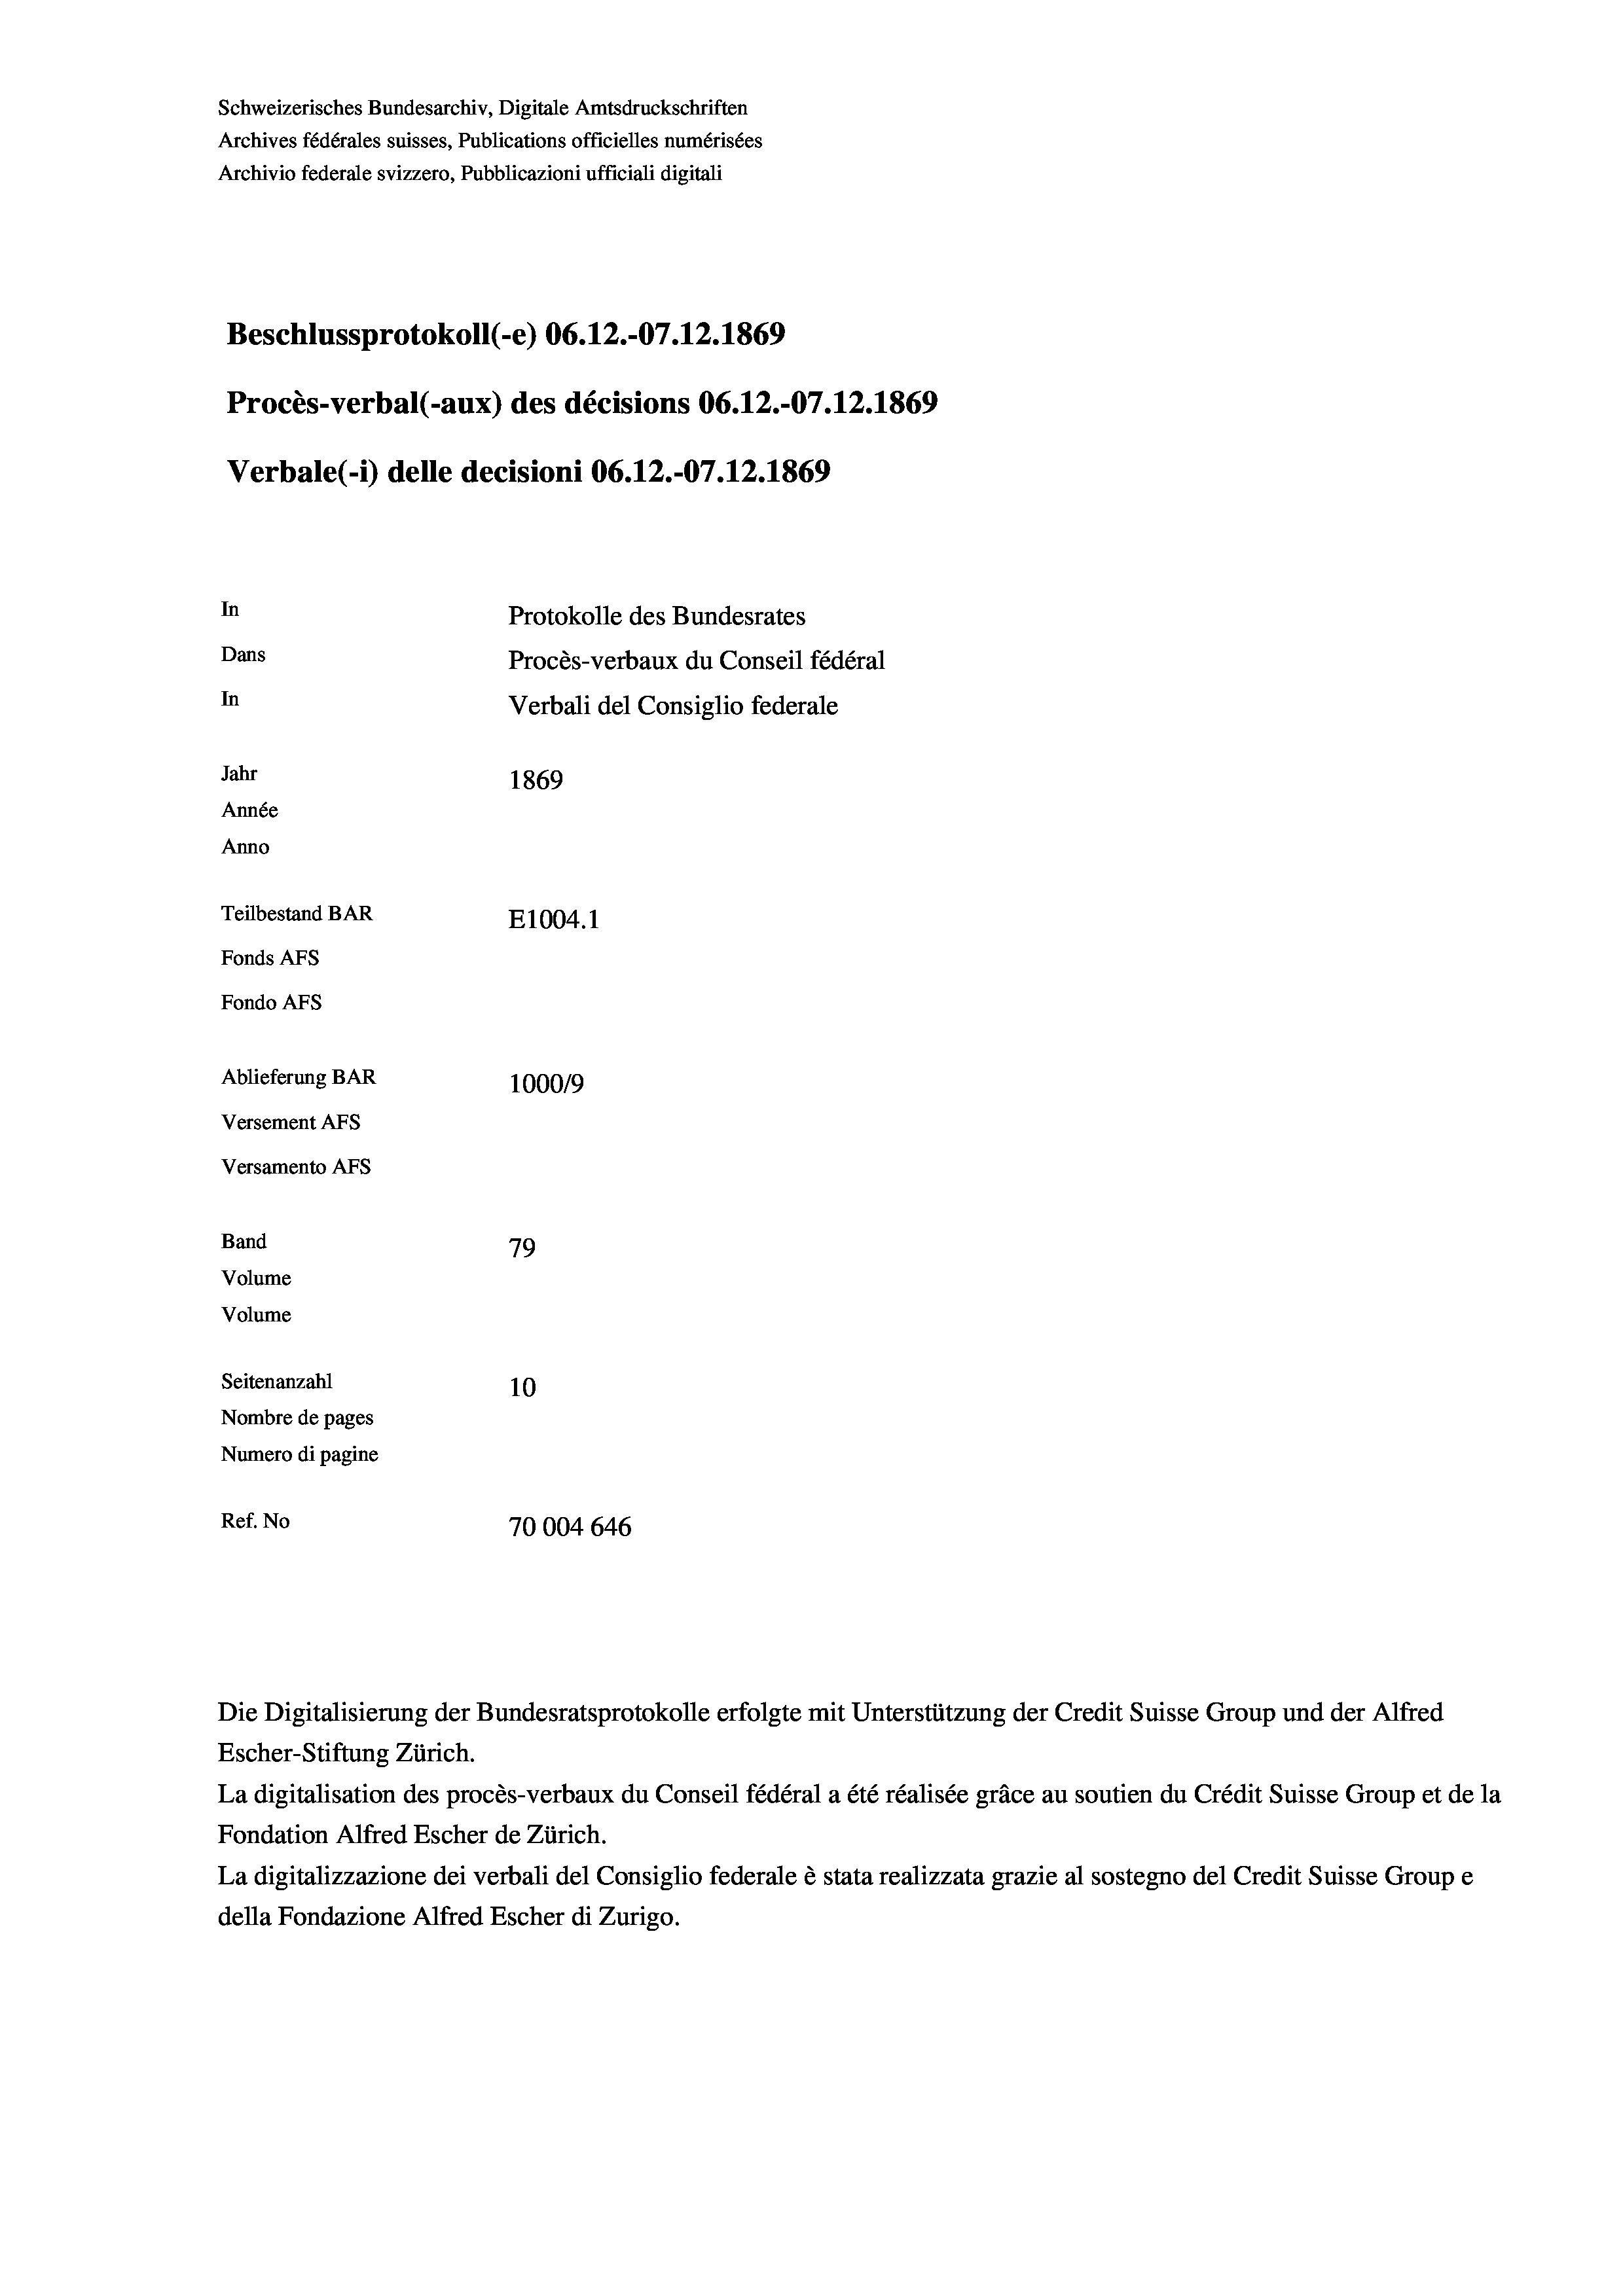
Schweizerisches Bundesarchiv, Digitale Amtsdruckschriften
Archives fédérales suisses, Publications officielles numérisées
Archivio federale svizzero, Pubblicazioni ufficiali digitali
Beschlussprotokoll (-e) 06.12.-07.12.1869
Procès-verbal (-aux) des décisions 06.12.-07.12.1869
Verbale (- 1) delle decisioni 06.12.-07.12.1869
In
Protokolle des Bundesrates
Dans
Procès-verbaux du Conseil fédéral
In
Verbali del Consiglio federale
Jahr
1869
Année
Anno
Teilbestand BAR
E1004.1
Fonds AFs
Fondo Afs
Ablieferung BAR
100019
Versement Ans
Versamento Afs
Band
79
Volume
Volume
Seitenanzahl
10
Nombre de pages
Numero di pagine
Ref. No
70004 646

Escher-Stiftung Zürich.
La digitalisation des procès-verbaux du Conseil fédéral a été réalisée gräce au soutien du Crédit Suisse Group et de la
Fondation Alfred Escher de Zürich.
La digitalizzazione dei verbali del Consiglio federale è stata realizzata grazie al sostegno del Credit Suisse Groupe
della Fondazione Alfred Escher di Zurigo.

Die Digitalisierung der Bundesratsprotokolle erfolgte mit Unterstützung der Credit Suisse Group und der Alfred